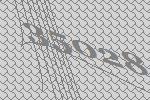
35028